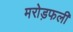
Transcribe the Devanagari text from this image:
मरोड़फली